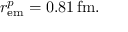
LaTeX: r _ { \mathrm { e m } } ^ { p } = 0 . 8 1 \, \mathrm { f m } .